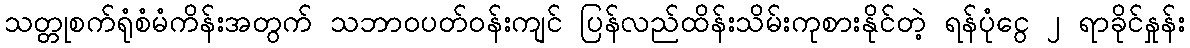
သတ္တုစက်ရုံစံမံကိန်းအတွက် သဘာဝပတ်ဝန်းကျင် ပြန်လည်ထိန်းသိမ်းကုစားနိုင်တဲ့ ရန်ပုံငွေ ၂ ရာခိုင်နှုန်း